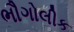
ભૌગોલીક